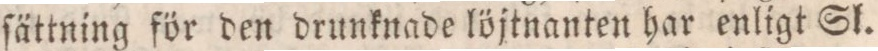
ſättning för den drunknade löjtnanten har enligt Sl.